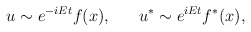
\begin{align*}u \sim e^{-iEt} f(x),~~~~~u^* \sim e^{iEt} f^*(x),\end{align*}